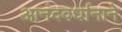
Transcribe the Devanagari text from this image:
आनंदवर्धानाने